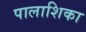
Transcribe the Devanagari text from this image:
पालाशिका